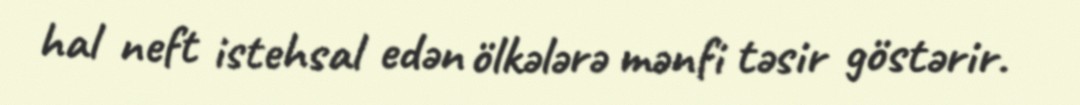
hal neft istehsal edən ölkələrə mənfi təsir göstərir.